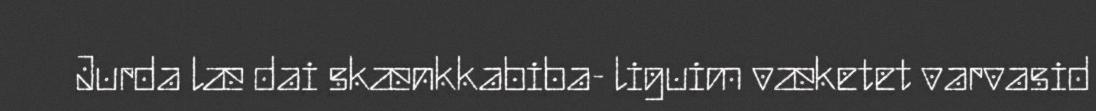
Jurda læ dai skænkkabiba- liguim væketet varvasid